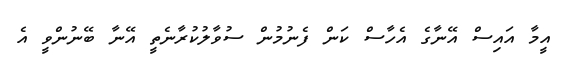
އީމާ އައިސް އޭނާގެ އެހާސް ކަން ފެނުމުން ސުވާލުކުރާނެތީ އޭނާ ބޭނުންވީ އެ